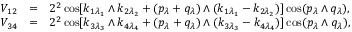
\begin{array} { r c l } { { V _ { 1 2 } } } & { { = } } & { { \displaystyle 2 ^ { 2 } \cos [ k _ { 1 \lambda _ { 1 } } \wedge k _ { 2 \lambda _ { 2 } } + ( p _ { \lambda } + q _ { \lambda } ) \wedge ( k _ { 1 \lambda _ { 1 } } - k _ { 2 \lambda _ { 2 } } ) ] \cos ( p _ { \lambda } \wedge q _ { \lambda } ) , } } \\ { { V _ { 3 4 } } } & { { = } } & { { \displaystyle 2 ^ { 2 } \cos [ k _ { 3 \lambda _ { 3 } } \wedge k _ { 4 \lambda _ { 4 } } + ( p _ { \lambda } + q _ { \lambda } ) \wedge ( k _ { 3 \lambda _ { 3 } } - k _ { 4 \lambda _ { 4 } } ) ] \cos ( p _ { \lambda } \wedge q _ { \lambda } ) , } } \end{array}